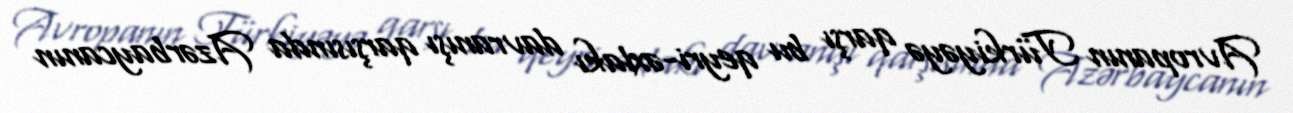
Avropanın Türkiyəyə qarşı bu qeyri-əxlakı davranışı qarşısında Azərbaycanın